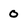
Character: 0